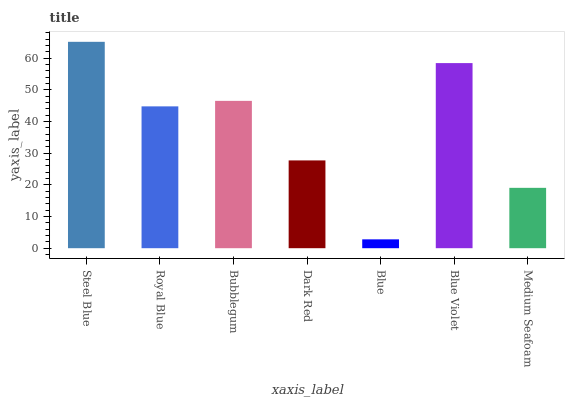
| xaxis_label | bars |
 | --- | --- |
 | Steel Blue | 65.2 |
 | Royal Blue | 44.8 |
 | Bubblegum | 46.5 |
 | Dark Red | 27.7 |
 | Blue | 2.79 |
 | Blue Violet | 58.5 |
 | Medium Seafoam | 19.1 |